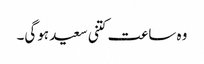
وہ ساعت کتنی سعید ہوگی۔